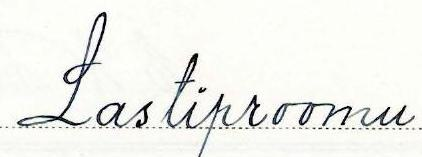
Lastiproomu